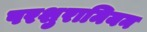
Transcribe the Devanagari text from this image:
परशुरामियन